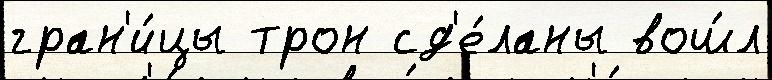
гран'и́цы трон сд'е́ланы вош́л